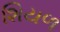
શિયળ